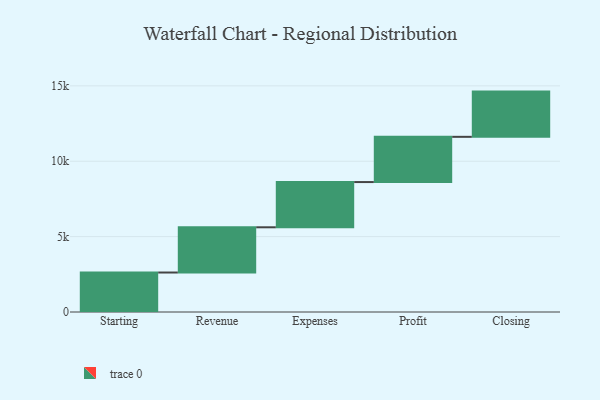
{"axis": {"x": "Step", "y": "Value"}, "legend": [""], "data": [{"x": "Starting", "y": 2619.0, "type": ""}, {"x": "Revenue", "y": 3000, "type": ""}, {"x": "Expenses", "y": 3000, "type": ""}, {"x": "Profit", "y": 3000, "type": ""}, {"x": "Closing", "y": 3000, "type": ""}]}